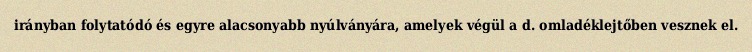
irányban folytatódó és egyre alacsonyabb nyúlványára, amelyek végül a d. omladéklejtőben vesznek el.